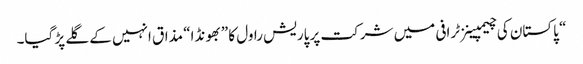
“ پاکستان کی چیمپینزٹرافی میں شرکت پر پاریش راول کا ”بھونڈا“ مذاق انہیں کے گلے پڑ گیا۔